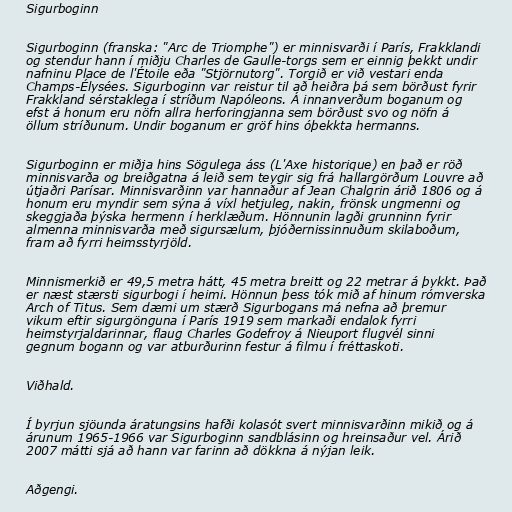
Sigurboginn

Sigurboginn (franska: "Arc de Triomphe") er minnisvarði í París, Frakklandi
og stendur hann í miðju Charles de Gaulle-torgs sem er einnig þekkt undir
nafninu Place de l'Étoile eða "Stjörnutorg". Torgið er við vestari enda
Champs-Élysées. Sigurboginn var reistur til að heiðra þá sem börðust fyrir
Frakkland sérstaklega í stríðum Napóleons. Á innanverðum boganum og
efst á honum eru nöfn allra herforingjanna sem börðust svo og nöfn á
öllum stríðunum. Undir boganum er gröf hins óþekkta hermanns.

Sigurboginn er miðja hins Sögulega áss (L'Axe historique) en það er röð
minnisvarða og breiðgatna á leið sem teygir sig frá hallargörðum Louvre að
útjaðri Parísar. Minnisvarðinn var hannaður af Jean Chalgrin árið 1806 og á
honum eru myndir sem sýna á víxl hetjuleg, nakin, frönsk ungmenni og
skeggjaða þýska hermenn í herklæðum. Hönnunin lagði grunninn fyrir
almenna minnisvarða með sigursælum, þjóðernissinnuðum skilaboðum,
fram að fyrri heimsstyrjöld.

Minnismerkið er 49,5 metra hátt, 45 metra breitt og 22 metrar á þykkt. Það
er næst stærsti sigurbogi í heimi. Hönnun þess tók mið af hinum rómverska
Arch of Titus. Sem dæmi um stærð Sigurbogans má nefna að þremur
vikum eftir sigurgönguna í París 1919 sem markaði endalok fyrri
heimstyrjaldarinnar, flaug Charles Godefroy á Nieuport flugvél sinni
gegnum bogann og var atburðurinn festur á filmu í fréttaskoti.

Viðhald.

Í byrjun sjöunda áratungsins hafði kolasót svert minnisvarðinn mikið og á
árunum 1965-1966 var Sigurboginn sandblásinn og hreinsaður vel. Árið
2007 mátti sjá að hann var farinn að dökkna á nýjan leik.

Aðgengi.